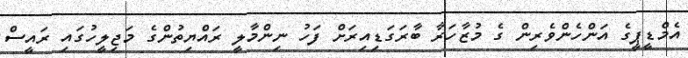
އެމްޑީޕީގެ އަންހެންވެރިން ގެ މުޒާހަރާ ބާރަގަޑިއިރަށް ފަހު ނިންމާލީ ރައްޔިތުންގެ މަޖިލީހުގައި ރައީސް